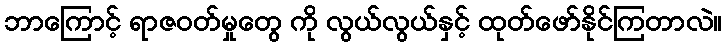
ဘာကြောင့် ရာဇဝတ်မှုတွေ ကို လွယ်လွယ်နှင့် ထုတ်ဖော်နိုင်ကြတာလဲ။